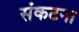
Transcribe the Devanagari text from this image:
संकटना